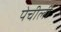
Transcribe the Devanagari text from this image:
पेचीली